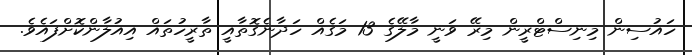
ހައުސިން މިނިސްޓްރީން މިރޭ ވަނީ މާލޭގެ 13 މަގެއް ހަދާނެގޮތާއީ ތާރީހުތައް އިއުލާންކޮށްފައެވެ.